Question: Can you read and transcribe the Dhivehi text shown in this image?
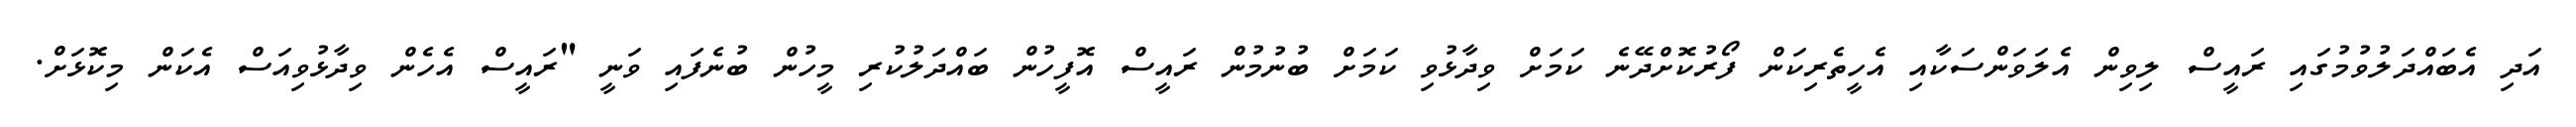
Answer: އަދި އެބައްދަލުވުމުގައި ރައީސް ލިވިން އެލަވަންސަކާއި އެހީތެރިކަން ފޯރުކޮށްދޭނެ ކަމަށް ވިދާޅުވި ކަމަށް ބުނުމުން ރައީސް އޮފީހުން ބައްދަލުކުރި މީހުން ބުނެފައި ވަނީ "ރައީސް އެހެން ވިދާޅުވިއަސް އެކަން މިކޮޅަށް.